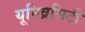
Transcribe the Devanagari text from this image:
यूनिव्रसिटी